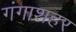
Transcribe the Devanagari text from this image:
गंगाशहर